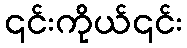
၎င်းကိုယ်၎င်း